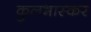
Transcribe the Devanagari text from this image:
कुलभास्कर